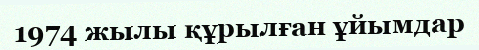
1974 жылы құрылған ұйымдар